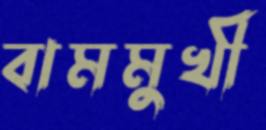
বামমুখী